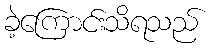
ခဲ့ကြောင်းသိရသည်